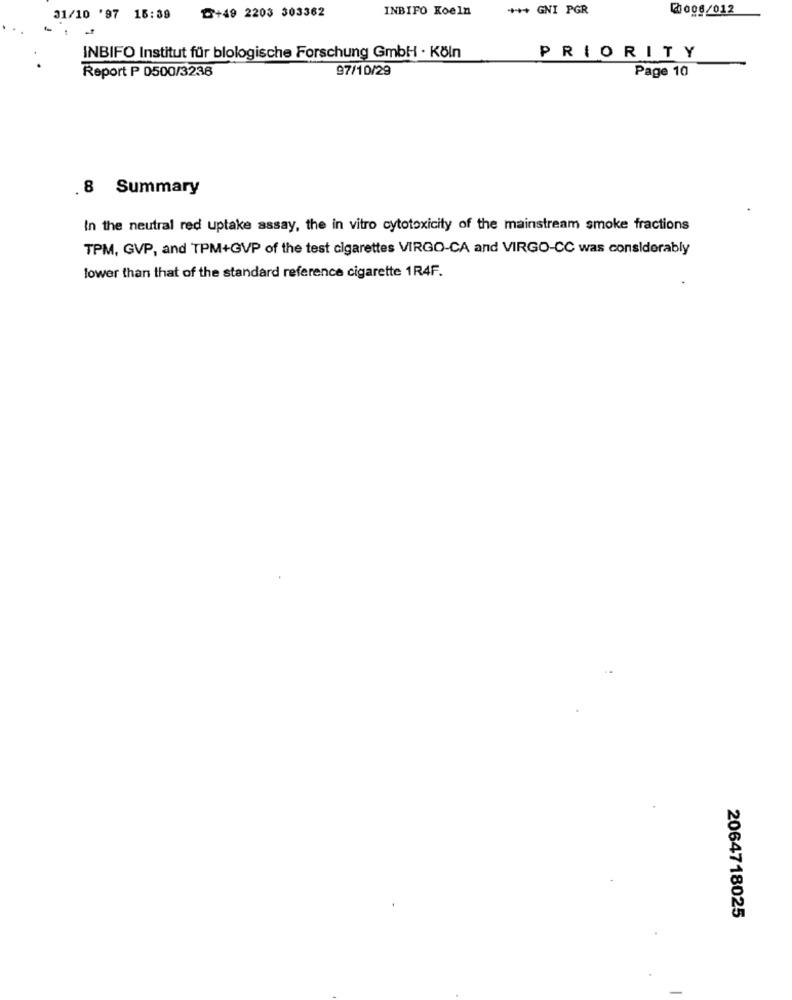
INBIFO Koeln
**** GNI PGR
2008/012
31/10 '97 15:39
₾+49 2203 303362
INBIFO Institut für blologische Forschung GmbH - Köln
PRIORITY
97/10/29
Report P 0500/3236
Page 10
. 8 Summary
In the neutral red uptake assay, the in vitro cytotoxicity of the mainstream smoke fractions
TPM, GVP, and TPM+GVP of the test cigarettes VIRGO-CA and VIRGO-CC was considerably
lower than that of the standard reference cigarette 1R4F.
2064718025